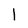
Character: 1